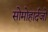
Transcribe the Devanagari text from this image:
सोमोहार्दजो